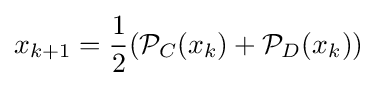
x_{k+1}={\frac {1}{2}}({\mathcal {P}}_{C}(x_{k})+{\mathcal {P}}_{D}(x_{k}))